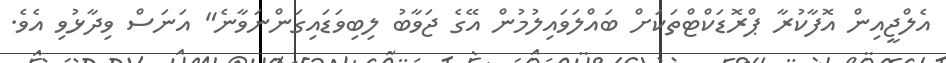
އެލްޖީއިން އޮފާކުރާ ޕްރޮޑަކްޓްތަކަށް ބައްލަވައިލުމުން އޭގެ ޖަވާބު ލިބިވަޑައިގަންނަވާނެ" އަނަސް ވިދާޅުވި އެވެ.